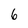
Character: 6